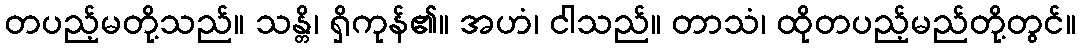
တပည့်မတို့သည်။ သန္တိ၊ ရှိကုန်၏။ အဟံ၊ ငါသည်။ တာသံ၊ ထိုတပည့်မည်တို့တွင်။